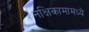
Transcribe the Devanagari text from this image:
नक्षिकामामध्ये